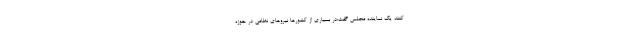
کنند یک نماینده مجلس گفت:در بسیاری از کشورها نیروهای نظامی در حوزه